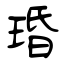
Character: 琘